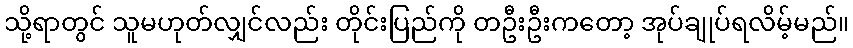
သို့ရာတွင် သူမဟုတ်လျှင်လည်း တိုင်းပြည်ကို တဦးဦးကတော့ အုပ်ချုပ်ရလိမ့်မည်။